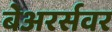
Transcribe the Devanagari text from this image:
बेअरर्सवर